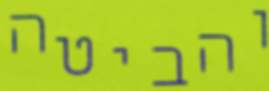
והביטה